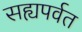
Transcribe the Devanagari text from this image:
सह्यपर्वत